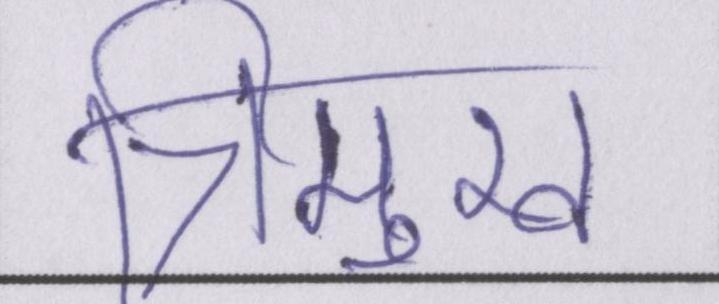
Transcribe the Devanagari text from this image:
त्रिमुख